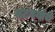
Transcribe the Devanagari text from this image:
नटवर्गाचे